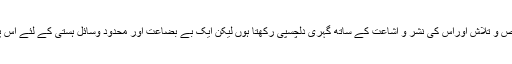
”میں مخطوطات اور کتب نادرہ کی تفحص و تلاش اوراس کی نشر و اشاعت کے ساتھ گہری دلچسپی رکھتا ہوں لیکن ایک بے بضاعت اور محدود وسائل ہستی کے لئے اس پُرخطر وادی کی پابجولی آسان نہیں ہے۔